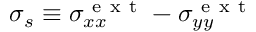
\sigma _ { s } \equiv \sigma _ { x x } ^ { \mathrm { ~ e ~ x ~ t ~ } } - \sigma _ { y y } ^ { \mathrm { ~ e ~ x ~ t ~ } }